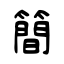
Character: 簡